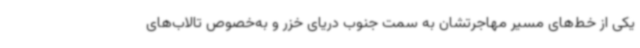
یکی از خط‌های مسیر مهاجرتشان به سمت جنوب دریای خزر و به‌خصوص تالاب‌های